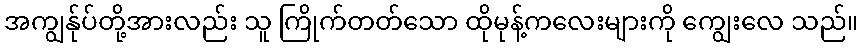
အကျွန်ုပ်တို့အားလည်း သူ ကြိုက်တတ်သော ထိုမုန့်ကလေးများကို ကျွေးလေ သည်။